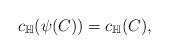
LaTeX: \begin{align*}c_{\mathbb{H}}(\psi(C)) = c_{\mathbb{H}}(C),\end{align*}